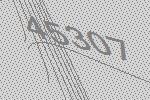
45307